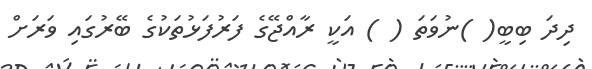
ދިދަ ބިބީ( )ނުވަތަ ( ) އަކީ ރާއްޖޭގެ ފަރުފަޅުތަކުގެ ބޭރުގައި ވަރަށް